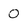
Character: 0